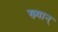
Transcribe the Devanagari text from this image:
ख्यान्